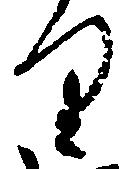
り